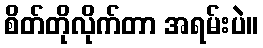
စိတ်တိုလိုက်တာ အရမ်းပဲ။